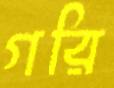
গরি